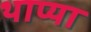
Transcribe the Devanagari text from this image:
थाप्या